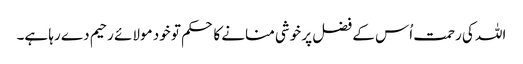
اللہ کی رحمت اُس کے فضل پر خوشی منانے کا حکم تو خود مولائے رحیم دے رہا ہے۔